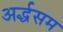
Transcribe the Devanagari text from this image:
अर्द्धसम